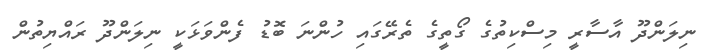
ނިލަންދޫ އާސާރީ މިސްކިތުގެ ގޯތީގެ ތެރޭގައި ހުންނަ ބޮޑު ފެންވަޅަކީ ނިލަންދޫ ރައްޔިތުން